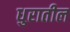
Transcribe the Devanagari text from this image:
धुरातील